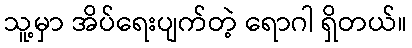
သူ့မှာ အိပ်ရေးပျက်တဲ့ ရောဂါ ရှိတယ်။